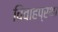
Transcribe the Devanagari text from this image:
विवाहप्रथा